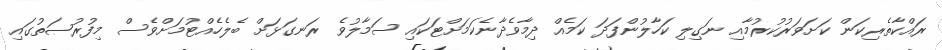
ރައްކާތެރިކަން ކަށަވަރުކުރުމާއި ނަގިލި ކަހާލުންފަދަ ކަމެއް ދިމާވެދާނެކަމަށްޓަކައި ސަމާލުވެ ރަނގަޅަށް ބެލެހެއްޓުމަށްވެސް މިފުރުޞަތުގައި